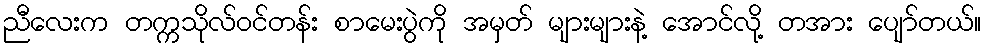
ညီလေးက တက္ကသိုလ်ဝင်တန်း စာမေးပွဲကို အမှတ် များများနဲ့ အောင်လို့ တအား ပျော်တယ်။